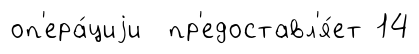
оп'ера́циjи пр'едоставл'я́ет 14